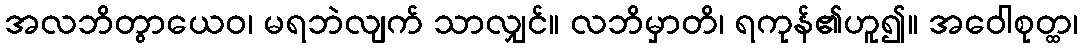
အလဘိတွာယေဝ၊ မရဘဲလျက် သာလျှင်။ လဘိမှာတိ၊ ရကုန်၏ဟူ၍။ အဝေါစုတ္ထ၊